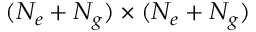
( N _ { e } + N _ { g } ) \times ( N _ { e } + N _ { g } )